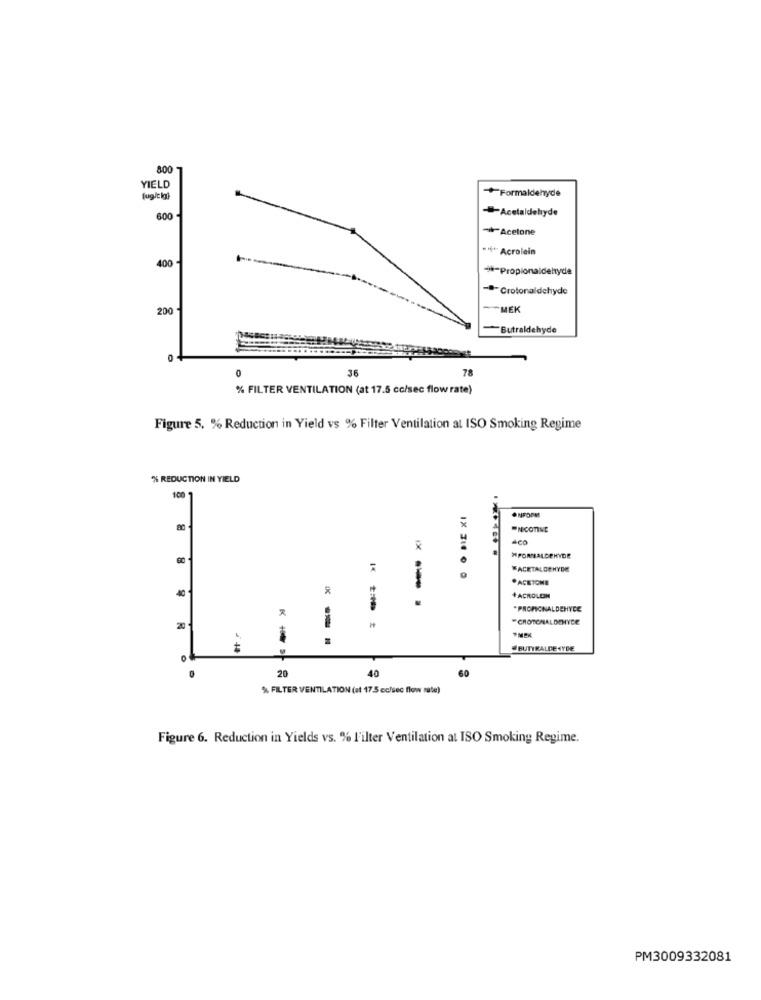
800
YIELD
+Formaldehyde
fug/t igi
-Acetaldehyde
600
-Acetone
Acrolein
400
***- Propionaldehyde
-*- Crotonaldehyde
200
MEK
Butraldehyde
0
78
36
% FILTER VENTILATION (at 17.5 cc/sec flow rate)
Figure 5. % Reduction in Yield vs % Filter Ventilation al ISO Smoking Regime
% REDUCTION IN YIELD
100
.NFOPM
-NICOTINE
"PORTALDEHYDR
FACETALOEHYDE
40
-- .
+ACROLEIN
.PROPIONALDEHYDE
-CROTONALDEHYDE
BUTYRALDEHYDE
20
40
60
% FILTER VENTILATION (at 17,5 cc/sec flow rate)
Figure 6. Reduction in Yields vs. % Filter Ventilation at ISO Smoking Regime.
PM3009332081